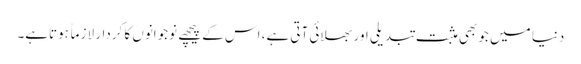
دنیا میں جو بھی مثبت تبدیلی اور بھلائی آتی ہے، اس کے پیچھے نوجوانوں کا کردار لازماً ہوتاہے۔